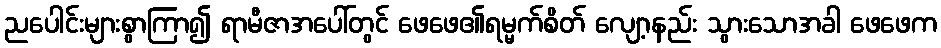
ညပေါင်းများစွာကြာ၍ ရာမီဇာအပေါ်တွင် ဖေဖေ၏ရမ္မက်စိတ် လျော့နည်း သွားသောအခါ ဖေဖေက